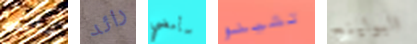
سألتقط رائد سأمضي تشينو البولينج